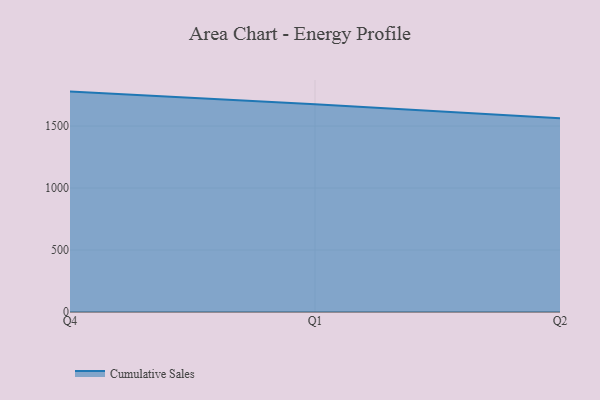
{"axis": {"x": "Quarter", "y": "Inventory Turnover"}, "legend": ["Cumulative Sales"], "data": [{"x": "Q4", "y": 1778.3, "type": "Cumulative Sales"}, {"x": "Q1", "y": 1675.8, "type": "Cumulative Sales"}, {"x": "Q2", "y": 1562.5, "type": "Cumulative Sales"}]}